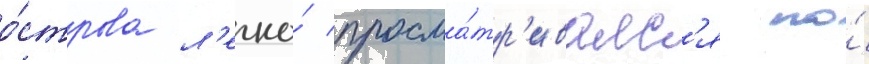
о́строва л'егко́ просма́тр'ивалс'я по́